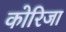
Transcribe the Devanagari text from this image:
कोरिजा